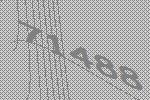
71488